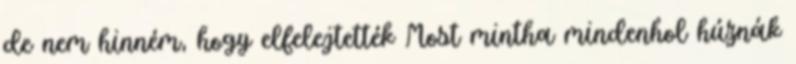
de nem hinném, hogy elfelejtették Most mintha mindenhol húznák